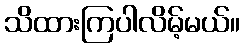
သိထားကြပါလိမ့်မယ်။